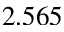
2 . 5 6 5